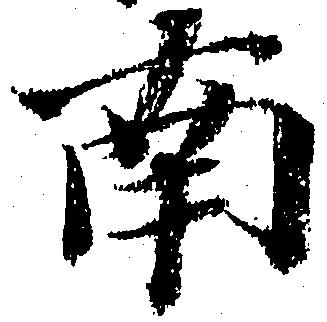
南